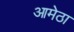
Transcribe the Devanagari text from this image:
आमेठा